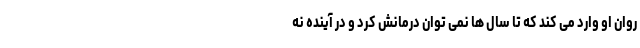
روان او وارد می کند که تا سال ها نمی توان درمانش کرد و در آینده نه